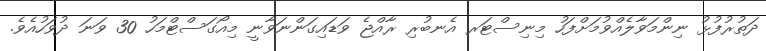
ދަތުރުފުޅު ނިންމަވާލެއްވުމަށްފަހު މިނިސްޓަރ އެނބުރި ރާއްޖެ ވަޑައިގަންނަވާނީ މިއޯގަސްޓްމަހު 30 ވަނަ ދުވަހުއެވެ.